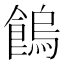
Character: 𩝷